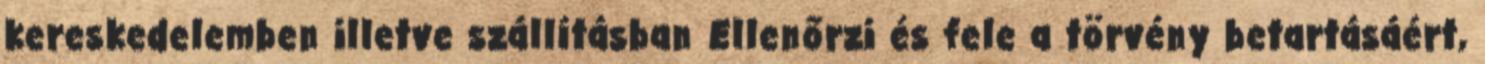
kereskedelemben illetve szállításban Ellenőrzi és fele a törvény betartásáért,